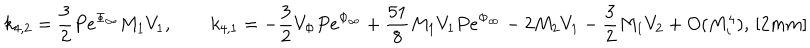
LaTeX: k _ { 4 , 2 } = \frac { 3 } { 2 } P e ^ { \Phi _ { \infty } } M _ { 1 } V _ { 1 } , \qquad k _ { 4 , 1 } = - \frac { 3 } { 2 } V _ { \Phi } P e ^ { \Phi _ { \infty } } + \frac { 5 1 } { 8 } M _ { 1 } V _ { 1 } P e ^ { \Phi _ { \infty } } - 2 M _ { 2 } V _ { 1 } - \frac { 3 } { 2 } M _ { 1 } V _ { 2 } + O ( M _ { i } ^ { 4 } ) , \, [ 2 m m ]